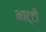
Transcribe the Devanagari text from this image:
भाट्टी